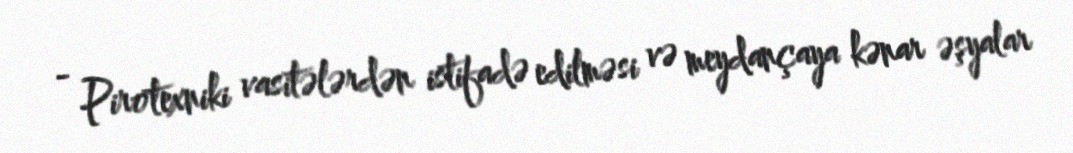
- Pirotexniki vasitələrdən istifadə edilməsi və meydançaya kənar əşyalar